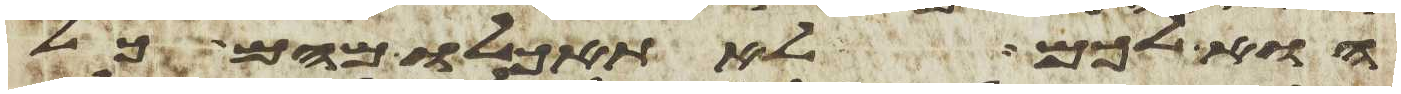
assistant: הוא לכם לא תאכלו מהם כל